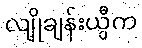
လျိုချန်းယွီက